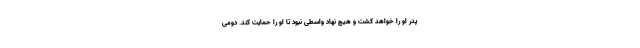
پدر او را خواهد کُشت و هیچ نهاد واسطی نبود تا او را حمایت کند. دومی